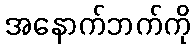
အနောက်ဘက်ကို